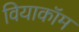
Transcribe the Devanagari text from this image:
वियाकॉम